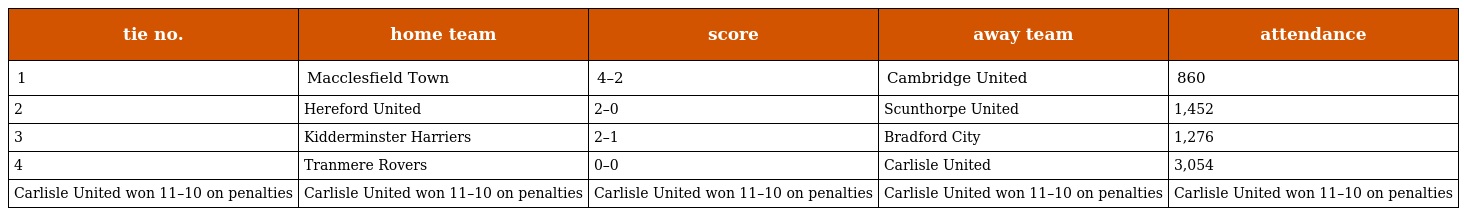
| tie no. | home team | score | away team | attendance |
 | --- | --- | --- | --- | --- |
 | 1 | Macclesfield Town | 4–2 | Cambridge United | 860 |
 | 2 | Hereford United | 2–0 | Scunthorpe United | 1,452 |
 | 3 | Kidderminster Harriers | 2–1 | Bradford City | 1,276 |
 | 4 | Tranmere Rovers | 0–0 | Carlisle United | 3,054 |
 | Carlisle United won 11–10 on penalties | Carlisle United won 11–10 on penalties | Carlisle United won 11–10 on penalties | Carlisle United won 11–10 on penalties | Carlisle United won 11–10 on penalties |